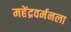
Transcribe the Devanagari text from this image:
महेंद्रवर्मनला